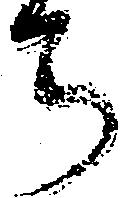
ち